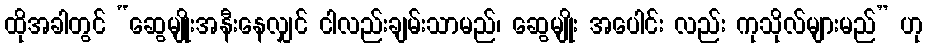
ထိုအခါတွင် “ဆွေမျိုးအနီးနေလျှင် ငါလည်းချမ်းသာမည်၊ ဆွေမျိုး အပေါင်း လည်း ကုသိုလ်များမည်” ဟု